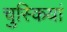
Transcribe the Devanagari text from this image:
चुस्कियां